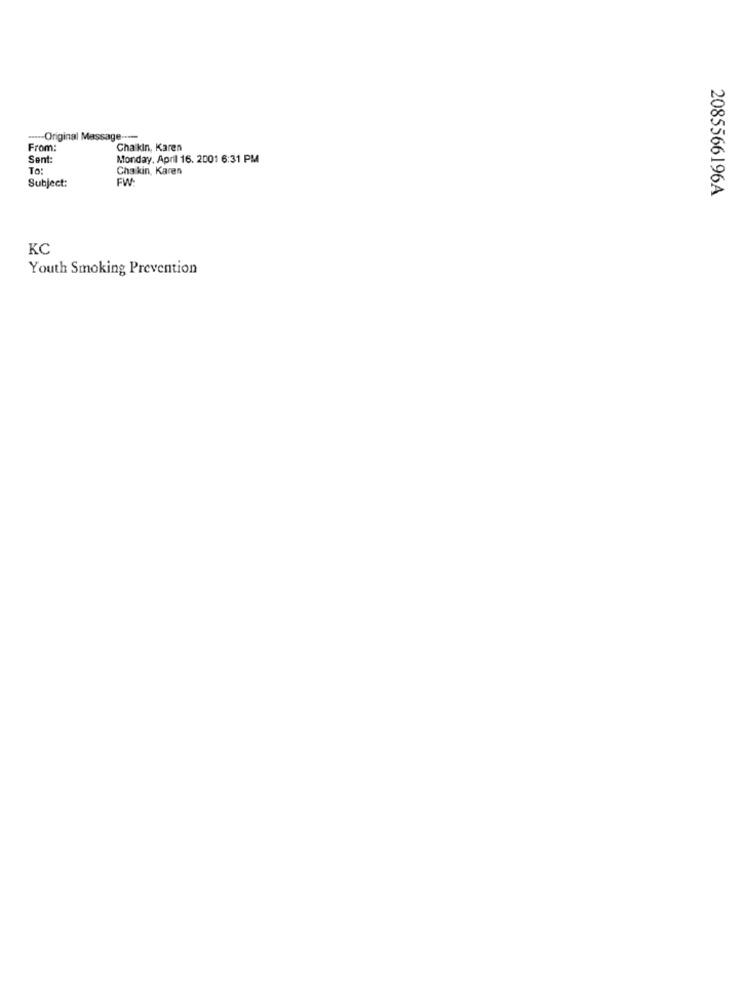
...-- Original Message ----
From:
Chaikin, Karen
Sent
Monday, April 16. 2001 6:31 PM
To:
Chaikin, Karen
FW:
Subject:
2085566196A
KC
Youth Smoking Prevention